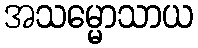
အသမ္မောသာယ